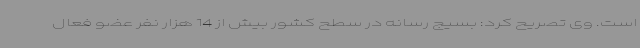
است. وی تصریح کرد: بسیج رسانه در سطح کشور بیش از 14 هزار نفر عضو فعال